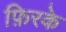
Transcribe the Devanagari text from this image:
फ़िरके